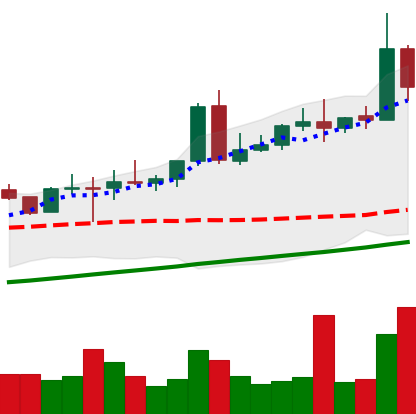
Ticker: NEO-USD
Chart end date: 2020-08-11
Forward return: 12.802%
Label: up_7plus